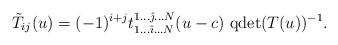
LaTeX: \begin{align*} \tilde{T}_{ij}(u) = (-1)^{i+j} t^{1\ldots\hat\jmath\ldots N}_{1\ldots\hat\imath\ldots N}(u-c)\ \mbox{qdet}(T(u))^{-1}.\end{align*}